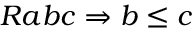
R a b c \Rightarrow b \leq c